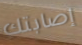
إصابتك